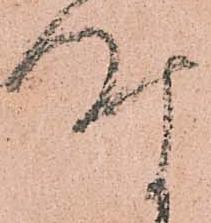
時